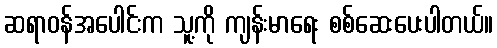
ဆရာဝန်အပေါင်းက သူ့ကို ကျန်းမာရေး စစ်ဆေးပေးပါတယ်။